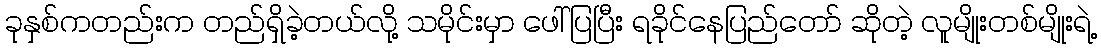
ခုနှစ်ကတည်းက တည်ရှိခဲ့တယ်လို့ သမိုင်းမှာ ဖေါ်ပြပြီး ရခိုင်နေပြည်တော် ဆိုတဲ့ လူမျိုးတစ်မျိုးရဲ့